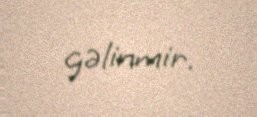
gəlinmir.